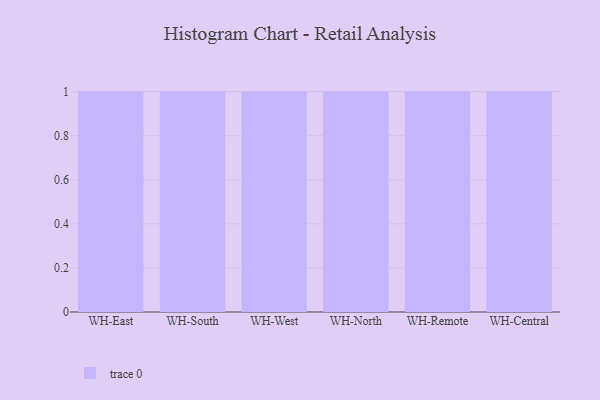
{"axis": {"x": "Warehouse", "y": "Temperature (°C)"}, "legend": [""], "data": [{"x": "WH-East", "y": 32, "type": ""}, {"x": "WH-South", "y": 15, "type": ""}, {"x": "WH-West", "y": 52, "type": ""}, {"x": "WH-North", "y": 36, "type": ""}, {"x": "WH-Remote", "y": 19, "type": ""}, {"x": "WH-Central", "y": 48, "type": ""}]}